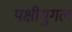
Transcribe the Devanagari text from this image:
पक्षीयुगल